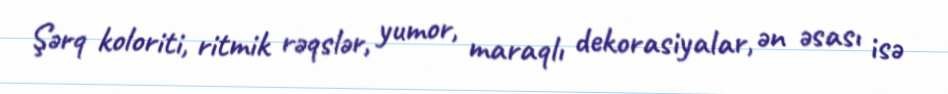
Şərq koloriti, ritmik rəqslər, yumor, maraqlı dekorasiyalar, ən əsası isə